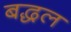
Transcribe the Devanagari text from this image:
बद्धल